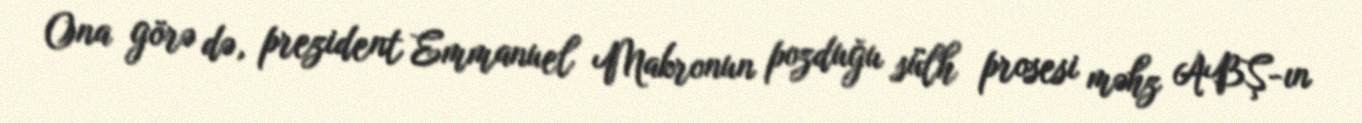
Ona görə də, prezident Emmanuel Makronun pozduğu sülh prosesi məhz ABŞ-ın